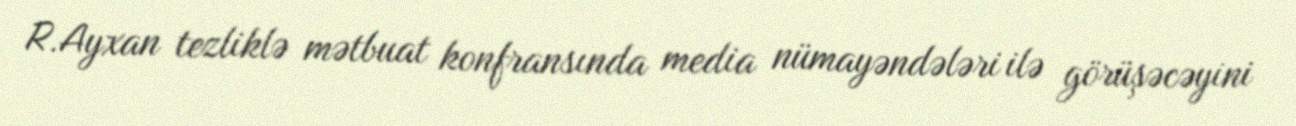
R.Ayxan tezliklə mətbuat konfransında media nümayəndələri ilə görüşəcəyini